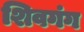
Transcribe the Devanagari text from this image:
शिवगंग